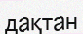
дақтан